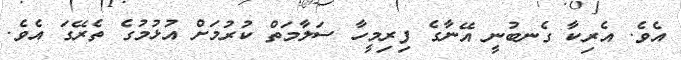
އެވެ. އެރިކާ ގެނބުނީ އޭނާގެ ފިރިމީހާ ސަލާމަތް ކުރުމަށް އުޅުމުގެ ތެރޭގަ އެވެ.